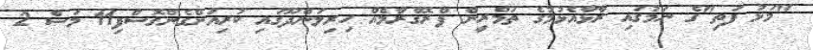
"މަޅު ފަތި"ގެ ނަމުގައި ރާޅާއެޅުމުގެ ތަމްރީން ޕްރޮގްރާމެއް ހިރިލަންދޫގައި ކުރިއަށްގެންގޮސްފި11 މަސް 2